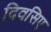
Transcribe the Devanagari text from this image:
दिवसिए